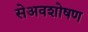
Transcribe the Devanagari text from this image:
सेअवशोषण